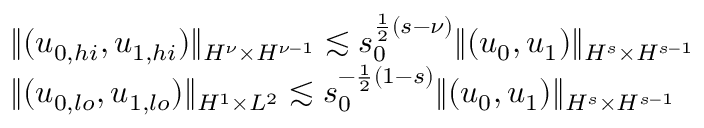
\begin{array} { r l } & { \| ( u _ { 0 , h i } , u _ { 1 , h i } ) \| _ { H ^ { \nu } \times H ^ { \nu - 1 } } \lesssim s _ { 0 } ^ { \frac { 1 } { 2 } ( s - \nu ) } \| ( u _ { 0 } , u _ { 1 } ) \| _ { H ^ { s } \times H ^ { s - 1 } } } \\ & { \| ( u _ { 0 , l o } , u _ { 1 , l o } ) \| _ { H ^ { 1 } \times L ^ { 2 } } \lesssim s _ { 0 } ^ { - \frac { 1 } { 2 } ( 1 - s ) } \| ( u _ { 0 } , u _ { 1 } ) \| _ { H ^ { s } \times H ^ { s - 1 } } } \end{array}